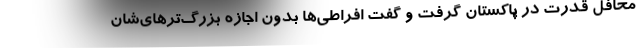
محافل قدرت در پاکستان گرفت و گفت افراطی‌ها بدون اجازه بزرگ‌ترهای‌شان